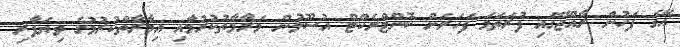
އޭގެ ފަހުން ރާއްޖޭގައި ފުރަތަމަ ފަހަރަށް ކޮންޓްރެކްޓް އުސޫލުން މަރާމާތުކުރުމާއި އިމާރާތްކުރުމުގެ ވިޔަފާރި